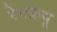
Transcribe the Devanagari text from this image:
रेनफ्रयू